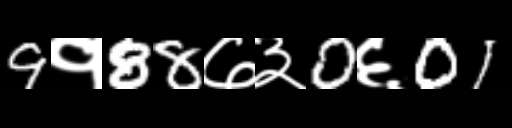
Text: 9१88७३0६01